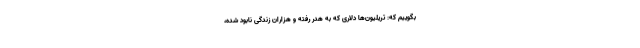
بگوییم که: تریلیون‌ها دلاری که به هدر رفته و هزاران زندگی نابود شده،